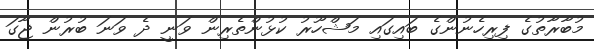
މުބާރާތުގެ ފިރިހެނުންގެ ބައިގައި މަޝްހޫރު ކުޅުންތެރިން ވަނީ ދެ ވަނަ ބުރުން ޖާގަ